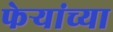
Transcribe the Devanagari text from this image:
फेऱ्यांच्या